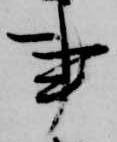
事